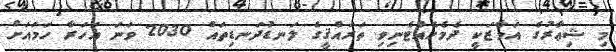
މި ޝިޢާރުގެ އަމާޒަކީ ދެމެހެއްޓެނިވި ތަރައްޤީގެ ލަނޑުދަނޑިތައް 2030 ވަނަ އަހަރާ ހަމައަށް